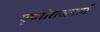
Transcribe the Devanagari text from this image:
पृथ्वीराजमार्ग